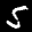
Label: 5